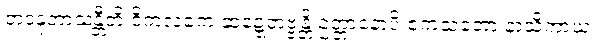
တဒနုဘာသန္တီတိ ဝိကလကေ ဆဍ္ဍေတဗ္ဗန္တိ ဥတ္တာနောပိ ဧကံသတော နာသိကာယ